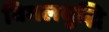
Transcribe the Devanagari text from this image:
विमलबुद्धि